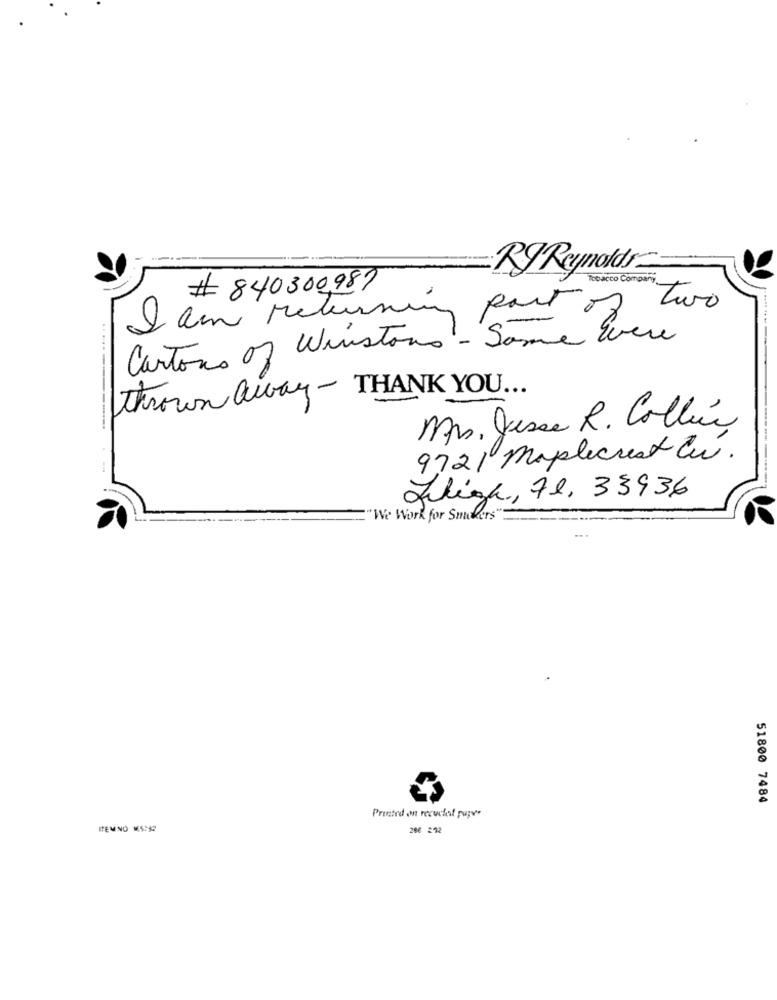
RJ Reynolds
# 840300,987
Tesco Company,
two
I am returning part of
Cartons of Winstons - Same Evere
thrown away- THANK YOU ...
mrs. Jesse R. Coller
9721 maplecrest Cu.
Jeliza, 71, 33936
"We Work for Smokers"
51800 7484
Printed on recuelet paper
ITEMNO 15:92
206 272